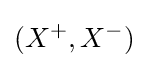
(X^{+},X^{-})